Civil Veterinary Department. Central Provinces & Berar 1925-31 - 1925-1931
Year: 1925
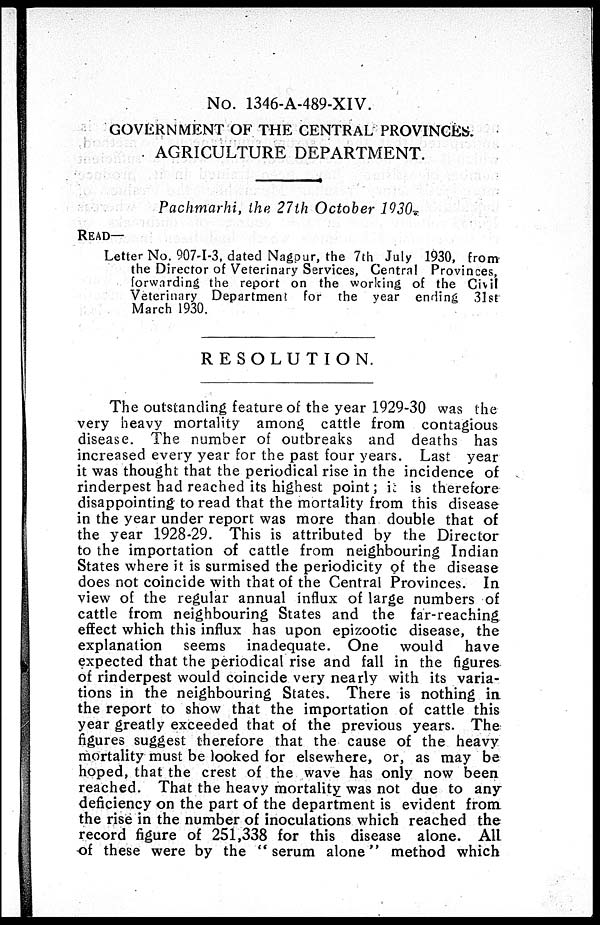
No. 1346-A-489-XIV.
GOVERNMENT OF THE CENTRAL PROVINCES.
AGRICULTURE DEPARTMENT.
Pachmarhi, the 27th October 1930.
READ—
Letter No. 907-1-3, dated Nagpur, the 7th July 1930, from
the Director of Veterinary Services, Central Provinces,
forwarding the report on the working of the Civil
Veterinary Department for the year ending 31st
March 1930.
RESOLUTION.
The outstanding feature of the year 1929-30 was the
very heavy mortality among cattle from contagious
disease. The number of outbreaks and deaths has
increased every year for the past four years. Last year
it was thought that the periodical rise in the incidence of
rinderpest had reached its highest point; it is therefore
disappointing to read that the mortality from this disease
in the year under report was more than double that of
the year 1928-29. This is attributed by the Director
to the importation of cattle from neighbouring Indian
States where it is surmised the periodicity of the disease
does not coincide with that of the Central Provinces. In
view of the regular annual influx of large numbers of
cattle from neighbouring States and the far-reaching
effect which this influx has upon epizootic disease, the
explanation seems inadequate. One would
have
expected that the periodical rise and fall in the figures
of rinderpest would coincide very nearly with its varia-
tions in the neighbouring States. There is nothing in
the report to show that the importation of cattle this
year greatly exceeded that of the previous years. The
figures suggest therefore that the cause of the heavy
mortality must be looked for elsewhere, or, as may be
hoped, that the crest of the wave has only now been
reached. That the heavy mortality was not due to any
deficiency on the part of the department is evident from
the rise in the number of inoculations which reached the
record figure of 251,338 for this disease alone. All
of these were by the "serum alone" method which